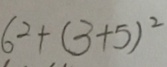
6 ^ { 2 } + ( 3 + 5 ) ^ { 2 }